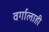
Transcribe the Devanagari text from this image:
वर्गालाही